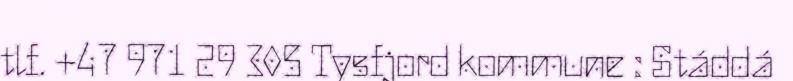
tlf. +47 971 29 305 Tysfjord kommune : Stáddá